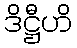
ဒိဋ္ဌီဟိ